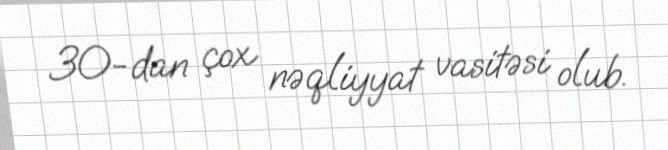
30-dan çox nəqliyyat vasitəsi olub.